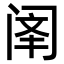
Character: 𫔳